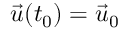
\vec { u } ( t _ { 0 } ) = \vec { u } _ { 0 }